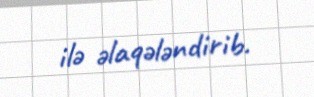
ilə əlaqələndirib.